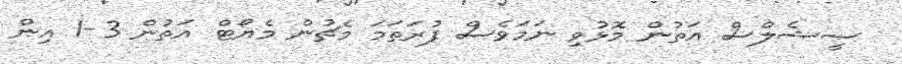
ސީޝެލްސް އަތުން މޮޅުވި ނަމަވެސް ފުރަތަމަ މެޗުން މެޔޯޓް އަތުން 3-1 އިން